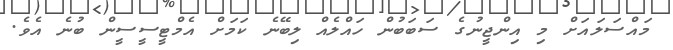
މައްސަލައަށް މި އިންޖީނުގެ ސަބަބުން ހައްލެއް ލިބޭނެ ކަމަށް އެމްޓީސީސީން ބުނެ އެވެ.